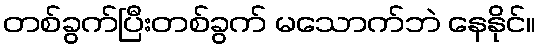
တစ်ခွက်ပြီးတစ်ခွက် မသောက်ဘဲ နေနိုင်။